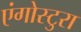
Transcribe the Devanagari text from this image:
एंगोस्टुरा